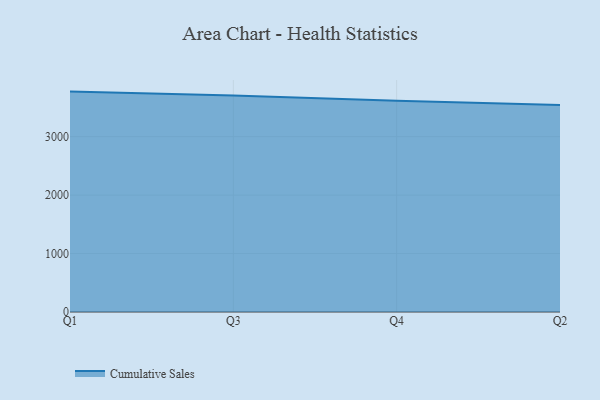
{"axis": {"x": "Quarter", "y": "Operating Costs (USD K)"}, "legend": ["Cumulative Sales"], "data": [{"x": "Q1", "y": 3771.2, "type": "Cumulative Sales"}, {"x": "Q3", "y": 3705.2, "type": "Cumulative Sales"}, {"x": "Q4", "y": 3615.9, "type": "Cumulative Sales"}, {"x": "Q2", "y": 3542.9, "type": "Cumulative Sales"}]}